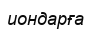
иондарға